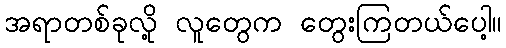
အရာတစ်ခုလို့ လူတွေက တွေးကြတယ်ပေါ့။